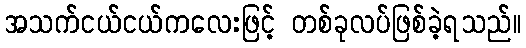
အသက်ငယ်ငယ်ကလေးဖြင့် တစ်ခုလပ်ဖြစ်ခဲ့ရသည်။